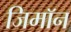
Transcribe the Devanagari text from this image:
जिमाॅन